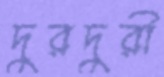
দুরদুরী